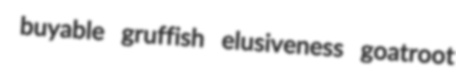
buyable gruffish elusiveness goatroot